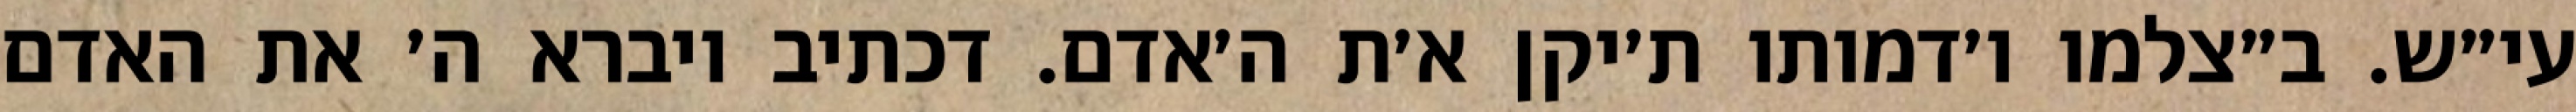
עי״ש. ב״צלמו ו׳דמותו ת׳יקן א׳ת ה׳אדם. דכתיב ויברא ה׳ את האדם